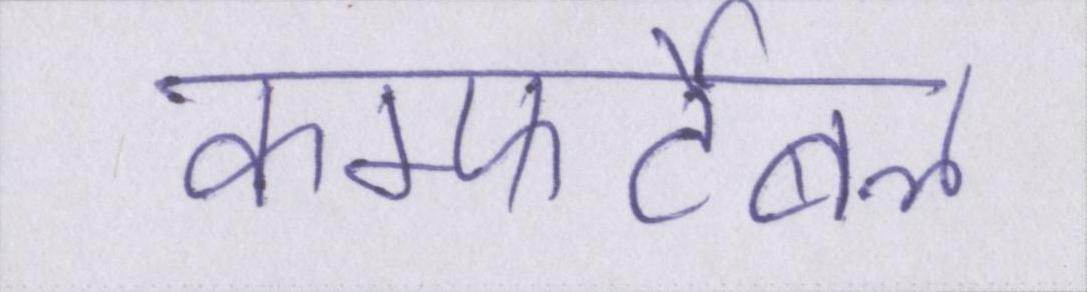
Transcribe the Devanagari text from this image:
कम्फर्टेबल